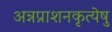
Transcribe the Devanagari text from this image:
अन्नप्राशनकृत्येषु